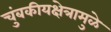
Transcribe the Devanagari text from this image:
चुंबकीयक्षेत्रामुळे